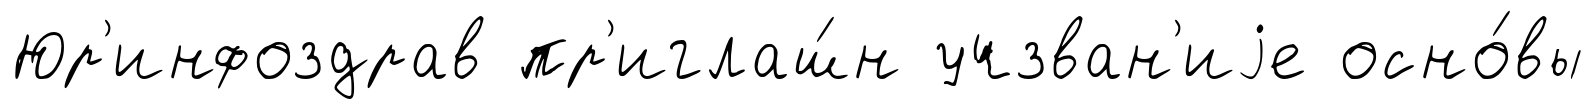
Юр'инфоздрав пр'иглаш́н учзван'иjе осно́вы